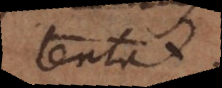
tentat